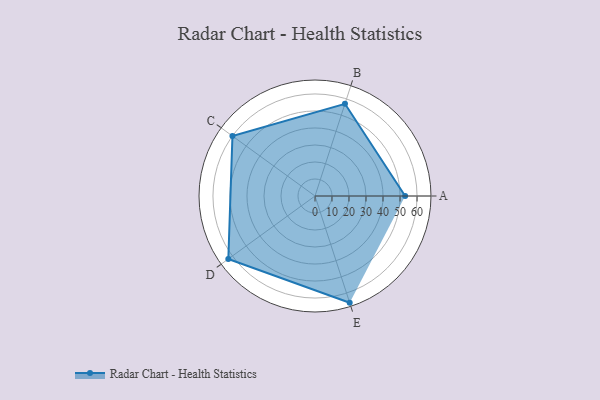
{"axis": {"x": "Skill", "y": "Score"}, "legend": ["Profile"], "data": [{"x": "A", "y": 53.0, "type": "Profile"}, {"x": "B", "y": 57.0, "type": "Profile"}, {"x": "C", "y": 60.0, "type": "Profile"}, {"x": "D", "y": 63.0, "type": "Profile"}, {"x": "E", "y": 66.0, "type": "Profile"}]}